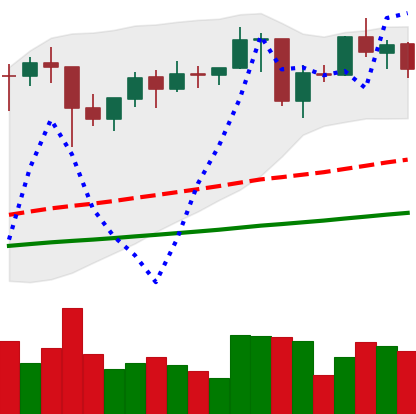
Ticker: ETH-USD
Chart end date: 2021-01-27
Forward return: 9.245%
Label: up_7plus